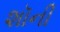
શૉની